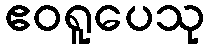
ဧဝရူပေသု